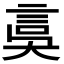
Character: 𧦂